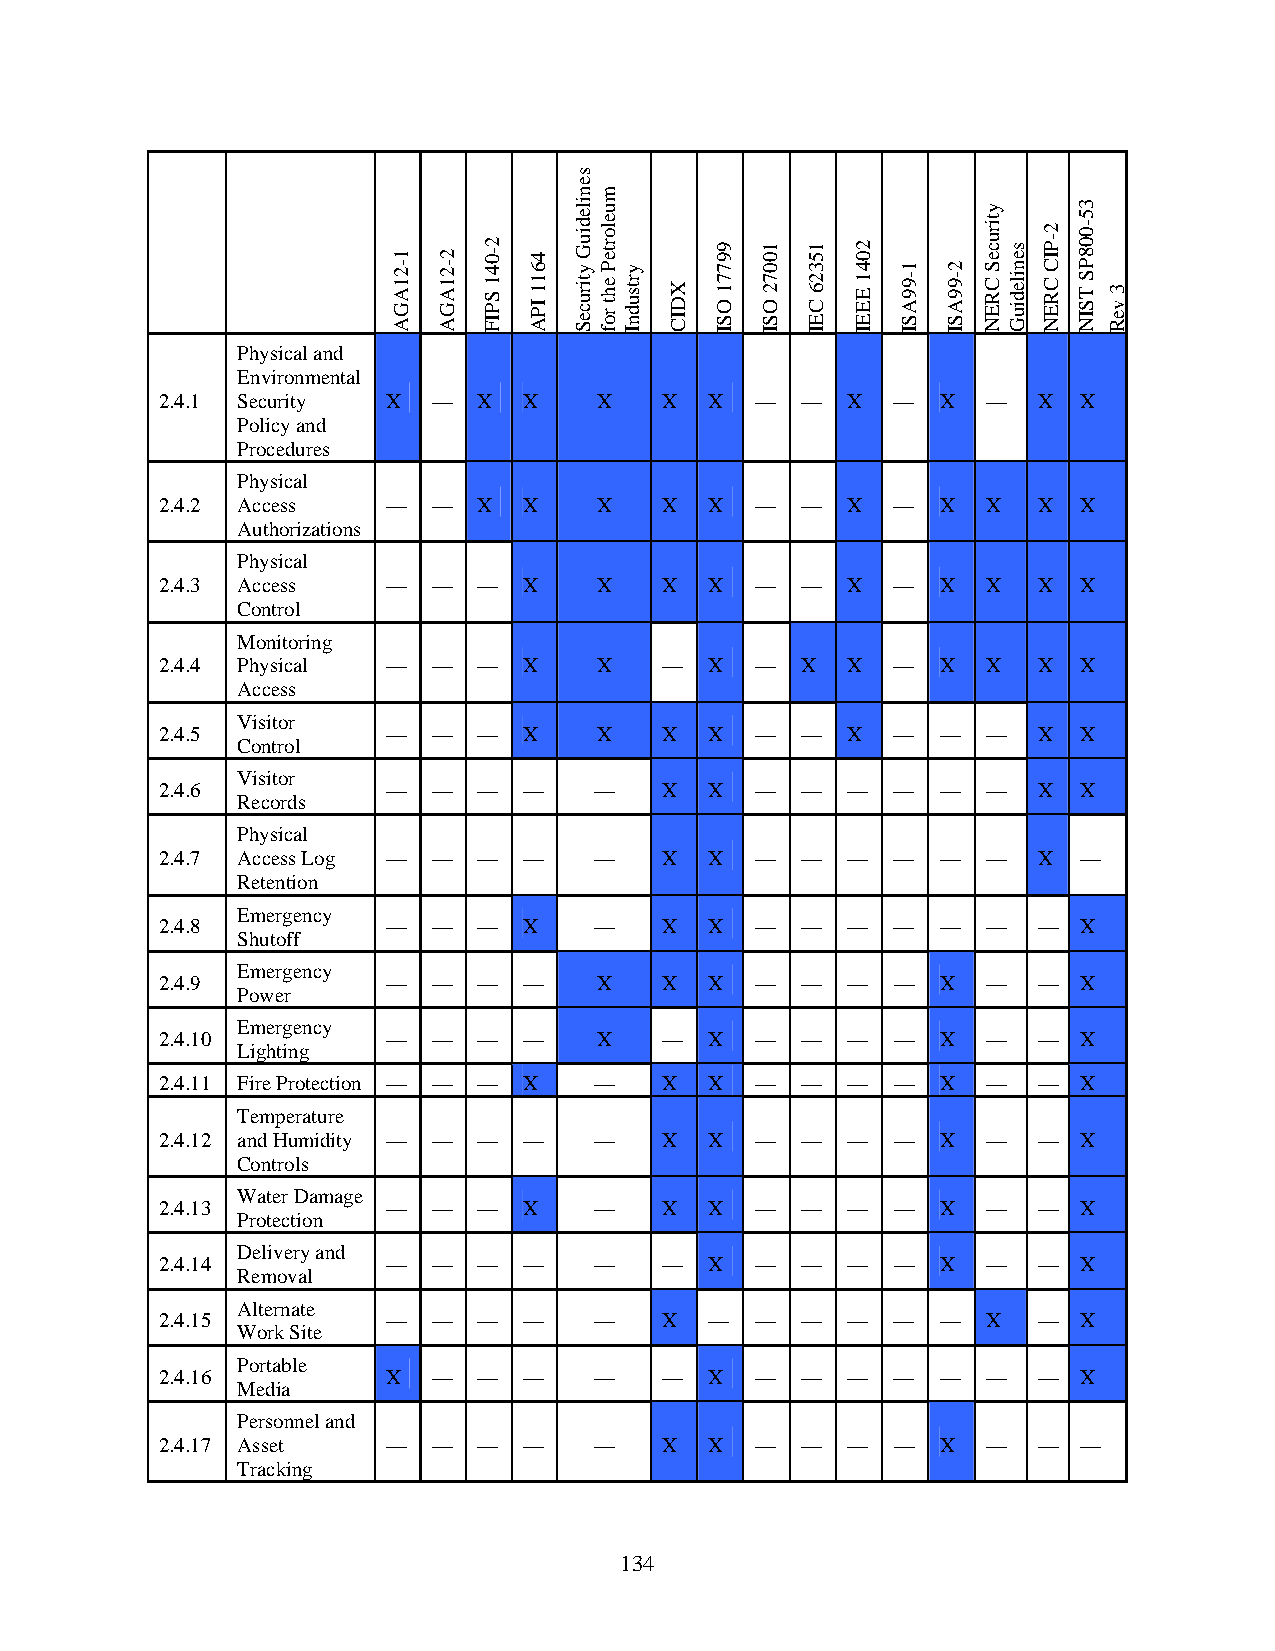
Physical and
 Environmental
 2.4.1 Security X  —  X  X    X   X  X  —  —  X  —  X  —   X  X
 Policy and
 Procedures
 Physical
 2.4.2 Access   —  —  X  X    X   X  X  —  —  X  —  X  X   X  X
 Authorizations
 Physical
 2.4.3 Access   —  —  —  X    X   X  X  —  —  X  —  X  X   X  X
 Control
 Monitoring
 2.4.4 Physical —  —  —  X    X   —  X  —  X  X  —  X  X   X  X
 Access
 Visitor
 2.4.5          —  —  —  X    X   X  X  —  —  X  —  —  —   X  X
 Control
 Visitor
 2.4.6          —  —  —  —   —    X  X  —  —  —  —  —  —   X  X
 Records
 Physical
 2.4.7 Access Log — — —  —   —    X  X  —  —  —  —  —  —   X —
 Retention
 Emergency
 2.4.8          —  —  —  X   —    X  X  —  —  —  —  —  —   —  X
 Shutoff
 Emergency
 2.4.9          —  —  —  —    X   X  X  —  —  —  —  X  —   —  X
 Power
 Emergency
 2.4.10         —  —  —  —    X   —  X  —  —  —  —  X  —   —  X
 Lighting
 2.4.11 Fire Protection — — — X — X  X  —  —  —  —  X  —   —  X
 Temperature
 2.4.12 and Humidity — — — — —    X  X  —  —  —  —  X  —   —  X
 Controls
 Water Damage
 2.4.13         —  —  —  X   —    X  X  —  —  —  —  X  —   —  X
 Protection
 Delivery and
 2.4.14         —  —  —  —   —    —  X  —  —  —  —  X  —   —  X
 Removal
 Alternate
 2.4.15         —  —  —  —   —    X  —  —  —  —  —  —  X   —  X
 Work Site
 Portable
 2.4.16         X  —  —  —   —    —  X  —  —  —  —  —  —   —  X
 Media
 Personnel and
 2.4.17 Asset   —  —  —  —   —    X  X  —  —  —  —  X  —   —  —
 Tracking
 134
 1-21AGA 2-21AGA
 2-041
 SPIF
 4611
 IPA
 senilediuG
 ytiruceS
 muelorteP
 eht
 rof
 yrtsudnI
 XDIC
 99771
 OSI
 10072
 OSI
 15326
 CEI
 2041
 EEEI
 1-99ASI 2-99ASI
 ytiruceS
 CREN
 senilediuG
 2-PIC
 CREN
 35-008PS
 TSIN 3
 veR